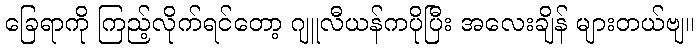
ခြေရာကို ကြည့်လိုက်ရင်တော့ ဂျူလီယန်ကပိုပြီး အလေးချိန် များတယ်ဗျ။